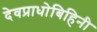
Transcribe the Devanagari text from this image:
देवप्राधोबिहिनी